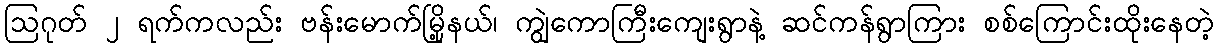
ဩဂုတ် ၂ ရက်ကလည်း ဗန်းမောက်မြို့နယ်၊ ကျွဲကောကြီးကျေးရွာနဲ့ ဆင်ကန်ရွာကြား စစ်ကြောင်းထိုးနေတဲ့